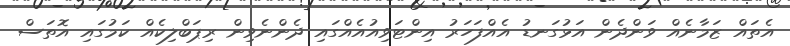
އެތައް ޒަމާނެއް ވަންދެން އަޅުގަނޑު އެއްފަހަރު އިންޓަވިއުއެއްގައި ދެންނެވިން ރިޕަބްލިކެއް ކަމުގައި އޮތަސް